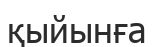
қыйынға